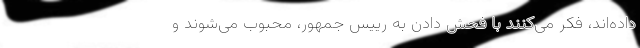
داده‌اند، فکر می‌کنند با فحش دادن به رییس جمهور، محبوب می‌شوند و